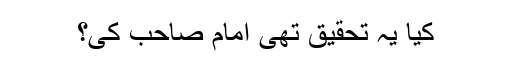
کیا یہ تحقیق تھی امام صاحب کی؟